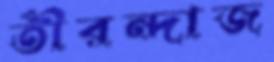
তীরন্দাজ